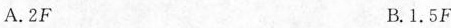
A.2F B.1.5F